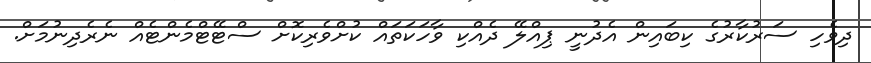
ދިވެހި ސަރުކާރުގެ ކިބައިން އެދުނީ ޕިއްލޭ ދެއްކި ވާހަކަތައް ކުށްވެރިކޮށް ސްޓޭޓްމެންޓެއް ނެރެދިނުމަށް.